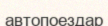
автопоездар